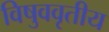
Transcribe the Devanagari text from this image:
विषुववृतीय